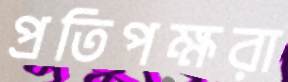
প্রতিপক্ষরা